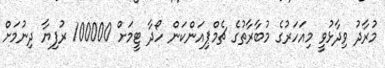
މުރާދު ވިދާޅުވީ މިއަހަރުގެ މުބާރާތުގެ ޗެމްޕިއަންކަން ހޯދާ ޓީމަށް 100000 ރުފިޔާ ދިނުމަށް